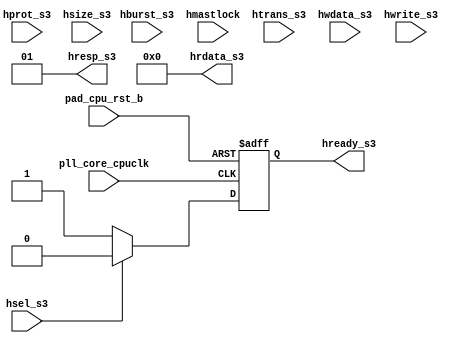
/*Copyright 2020-2021 T-Head Semiconductor Co., Ltd.

Licensed under the Apache License, Version 2.0 (the "License");
you may not use this file except in compliance with the License.
You may obtain a copy of the License at

    http://www.apache.org/licenses/LICENSE-2.0

Unless required by applicable law or agreed to in writing, software
distributed under the License is distributed on an "AS IS" BASIS,
WITHOUT WARRANTIES OR CONDITIONS OF ANY KIND, either express or implied.
See the License for the specific language governing permissions and
limitations under the License.
*/






















module err_gen(
  hburst_s3,
  hmastlock,
  hprot_s3,
  hrdata_s3,
  hready_s3,
  hresp_s3,
  hsel_s3,
  hsize_s3,
  htrans_s3,
  hwdata_s3,
  hwrite_s3,
  pad_cpu_rst_b,
  pll_core_cpuclk
);


input   [2  :0]  hburst_s3;      
input            hmastlock;      
input   [3  :0]  hprot_s3;       
input            hsel_s3;        
input   [2  :0]  hsize_s3;       
input   [1  :0]  htrans_s3;      
input   [127:0]  hwdata_s3;      
input            hwrite_s3;      
input            pad_cpu_rst_b;  
input            pll_core_cpuclk; 
output  [127:0]  hrdata_s3;      
output           hready_s3;      
output  [1  :0]  hresp_s3;       


reg              hready_s3;      


wire    [127:0]  hrdata_s3;      
wire    [1  :0]  hresp_s3;       
wire             hsel_s3;        
wire             pad_cpu_rst_b;  
wire             pll_core_cpuclk; 




















assign hresp_s3[1:0]  =  2'b01 ;

always @(posedge pll_core_cpuclk or negedge pad_cpu_rst_b)
begin
  if(!pad_cpu_rst_b)
    begin
      hready_s3 <= 1'b0;
    end
  else if(hsel_s3)
    begin
      hready_s3 <= 1'b0;
    end
  else
    begin
      hready_s3 <= 1'b1;     
    end
end






assign hrdata_s3[127:0] = 128'b0;

endmodule